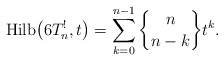
\begin{gather*}{\rm Hilb}\big(6T_n^{!},t\big)=\sum_{k=0}^{n-1} {n \brace n-k } t^{k}.\end{gather*}